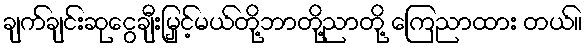
ချက်ချင်းဆုငွေချီးမြှင့်မယ်တို့ဘာတို့ညာတို့ ကြေညာထား တယ်။